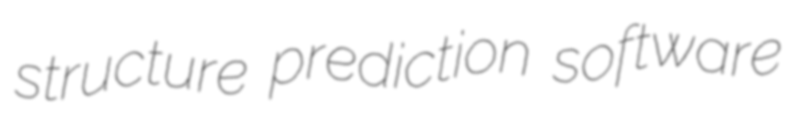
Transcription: structure prediction software